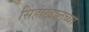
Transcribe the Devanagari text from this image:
सिंहांखालच्या